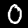
Digit: 0